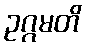
ဥဂ္ဂမတိ